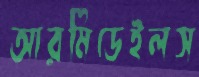
আরমিডেইলস